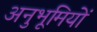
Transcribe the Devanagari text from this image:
अनुभूमियों